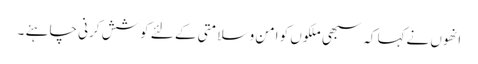
انھوں نےکہا کہ سبھی ملکوں کو امن و سلامتی کے لئے کوشش کرنی چاہئے ۔